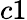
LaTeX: c1